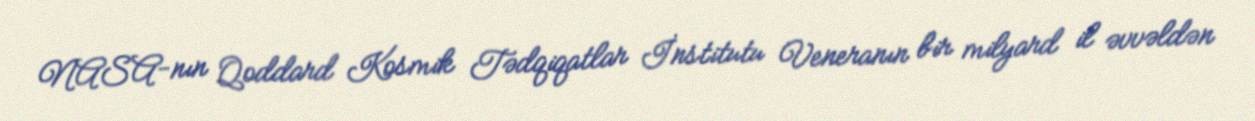
NASA-nın Qoddard Kosmik Tədqiqatlar İnstitutu Veneranın bir milyard il əvvəldən